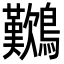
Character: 𪇽